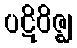
ပဋိဝိဇ္ဈ